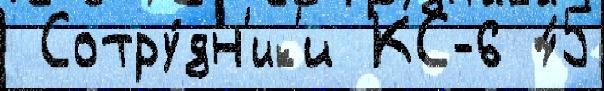
 Сотру́дн'ик'и КС-6 45